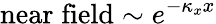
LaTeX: \mathrm{near\; field}\sim e^{-\kappa_{x}x}